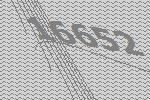
16652